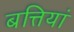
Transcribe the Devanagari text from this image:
बत्तियां